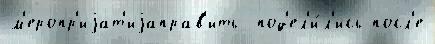
м'еропр'иjат'иjаправ'ить  под'ел'и́л'ись посл'е